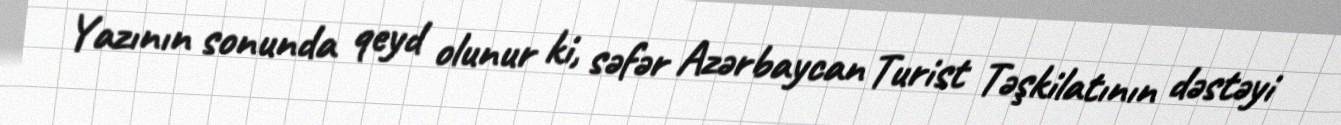
Yazının sonunda qeyd olunur ki, səfər Azərbaycan Turist Təşkilatının dəstəyi